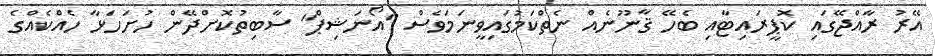
އޭރު ރާއްޖޭގައި ކޮޕީރައިޓާއި ބެހޭ ޤާނޫނެއް ނެތްކަމުގައިވީނަމަވެސް "އޯނަޝިޕް" ސާބިތުކޮށްދޭން ހުށަހަޅާ ހެއްކެއްގެ